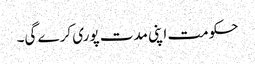
حکومت اپنی مدت پوری کرے گی۔